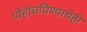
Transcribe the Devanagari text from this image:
पोहोचविण्याचेही